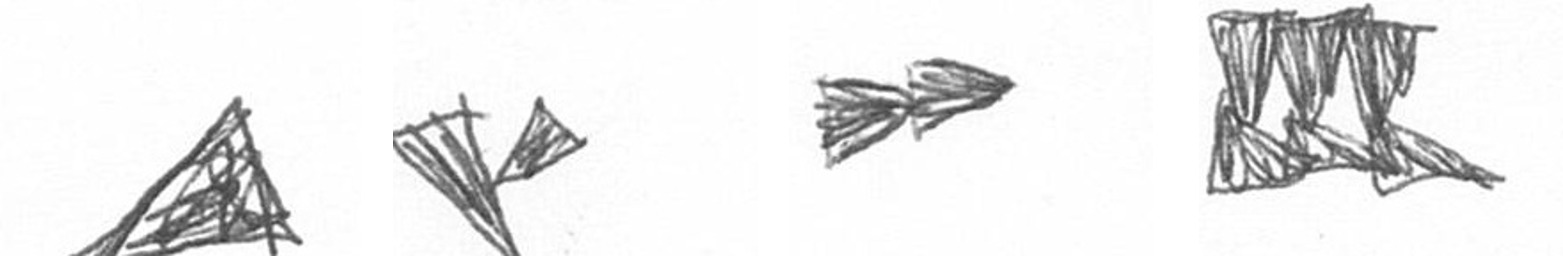
O F A D